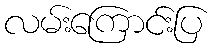
လမ်းကြောင်းပြ